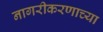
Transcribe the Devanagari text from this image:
नागरीकरणाच्या